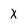
Character: X